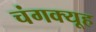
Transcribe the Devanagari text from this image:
चंगक्यूह